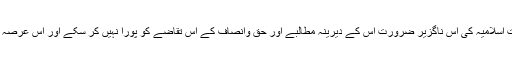
لیکن افسوس ہے کہ ستائیس سال گزرنے کے بعد بھی ہم ملت اسلامیہ کی اس ناگزیر ضرورت اس کے دیرینہ مطالبے اور حق وانصاف کے اس تقاضے کو پورا نہیں کر سکے اور اس عرصہ میں مرزائیت کے ہاتھوں سینکڑوں مزید زخم کھا چکے ہیں۔